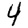
Digit: 4